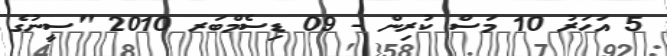
5 އަހަރު 10 މަސް ކުރިން - 09 ޑިސެމްބަރ 2010 "ސީނުގެ